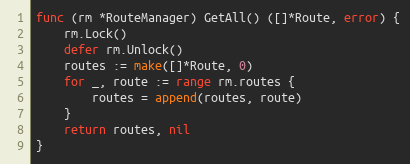
Language: Go
func (rm *RouteManager) GetAll() ([]*Route, error) {
	rm.Lock()
	defer rm.Unlock()
	routes := make([]*Route, 0)
	for _, route := range rm.routes {
		routes = append(routes, route)
	}
	return routes, nil
}